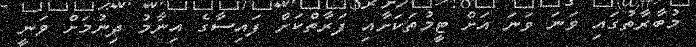
މުބާރާތުގައި ވަނަ ވަނަ އަށް ޓީމުތަކަށާއި ފަރާތްކަށް ފައިސާގެ އިނާމު ދިނުމަށް ވަނީ